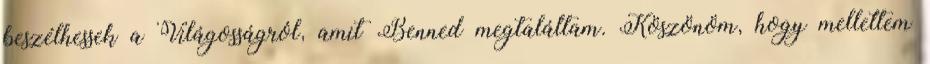
beszélhessek a Világosságról, amit Benned megtaláltam. Köszönöm, hogy mellettem